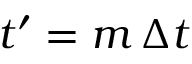
t ^ { \prime } = m \, \Delta t